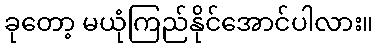
ခုတော့ မယုံကြည်နိုင်အောင်ပါလား။